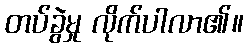
တပ်ခွဲမှု လိုက်ပါလာ၏။